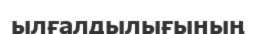
ылғалдылығының